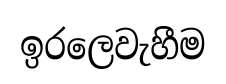
ඉරලෙවැහීම